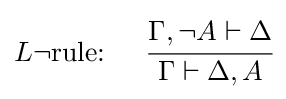
L\lnot {\text{rule: }}\quad {\cfrac {\Gamma ,\lnot A\vdash \Delta }{\Gamma \vdash \Delta ,A}}